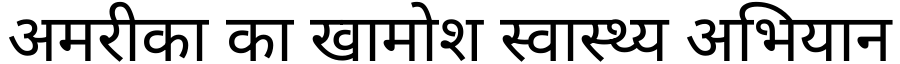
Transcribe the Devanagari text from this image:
अमरीका का खामोश स्वास्थ्य अभियान